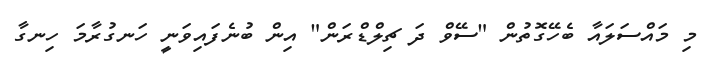
މި މައްސަލައާ ބެހޭގޮތުން "ސޭވް ދަ ޗިލްޑްރަން" އިން ބުނެފައިވަނީ ހަނގުރާމަ ހިނގާ